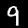
Digit: 9